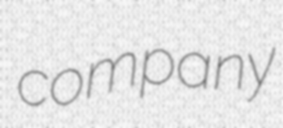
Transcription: company